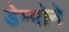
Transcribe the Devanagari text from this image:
डेम्पोने